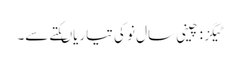
ٹیگز : چینی سال نو کی تیاریاںکتے سے۔